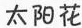
太阳花